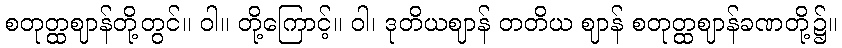
စတုတ္ထဈာန်တို့တွင်။ ဝါ။ တို့ကြောင့်။ ဝါ၊ ဒုတိယဈာန် တတိယ ဈာန် စတုတ္ထဈာန်ခဏတို့၌။